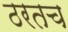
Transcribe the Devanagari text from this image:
ठरतच